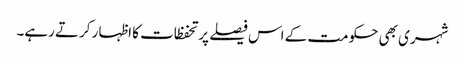
شہری بھی حکومت کے اس فیصلے پر تحفظات کا اظہار کرتے رہے۔